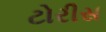
ટોરીસ